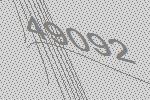
49092